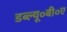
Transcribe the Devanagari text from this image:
डब्ल्यू०बी०ए